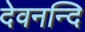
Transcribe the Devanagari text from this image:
देवनन्दि